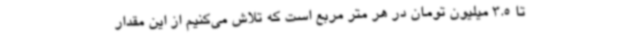
تا 3.5 میلیون تومان در هر متر مربع است که تلاش می‌کنیم از این مقدار